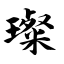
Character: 璨